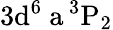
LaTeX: \mathrm{3d^{6}\ a\, ^{3}P_{2}}